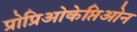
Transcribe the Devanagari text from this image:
प्रोप्रिओकेप्तिओन